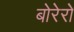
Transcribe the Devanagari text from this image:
बोरेरो